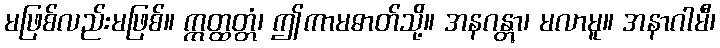
မဖြစ်လည်းမဖြစ်။ ဣတ္ထတ္တံ၊ ဤကာမဓာတ်သို့။ အနဂန္တွာ၊ မလာမူ။ အနာဂါမီ၊